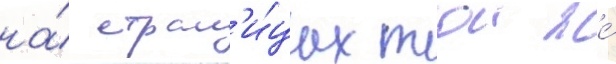
на́ стран'и́цах тои же́